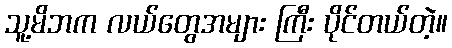
သူ့မိဘက လယ်တွေအများ ကြီး ပိုင်တယ်တဲ့။